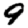
Digit: 9